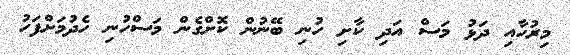
މިރުހާއި ދަޅު މަސް އަދި ކާށި ހުނި ބޭނުން ކޮށްގެން މަސްހުނި ހެދުމަށްފަހު